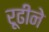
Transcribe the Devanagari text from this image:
रूढीने